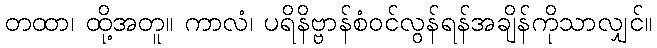
တထာ၊ ထို့အတူ။ ကာလံ၊ ပရိနိဗ္ဗာန်စံဝင်လွန်ရန်အချိန်ကိုသာလျှင်။